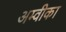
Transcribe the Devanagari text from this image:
अम्वीका